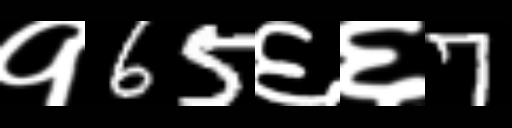
Text: १65६६7